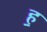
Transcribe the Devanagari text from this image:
ह॒